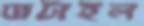
ঘাটাইল